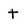
Character: t